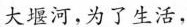
大河，为了生活，